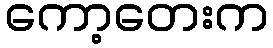
ကော့တေးက